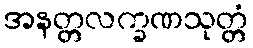
အနတ္တလက္ခဏသုတ္တံ